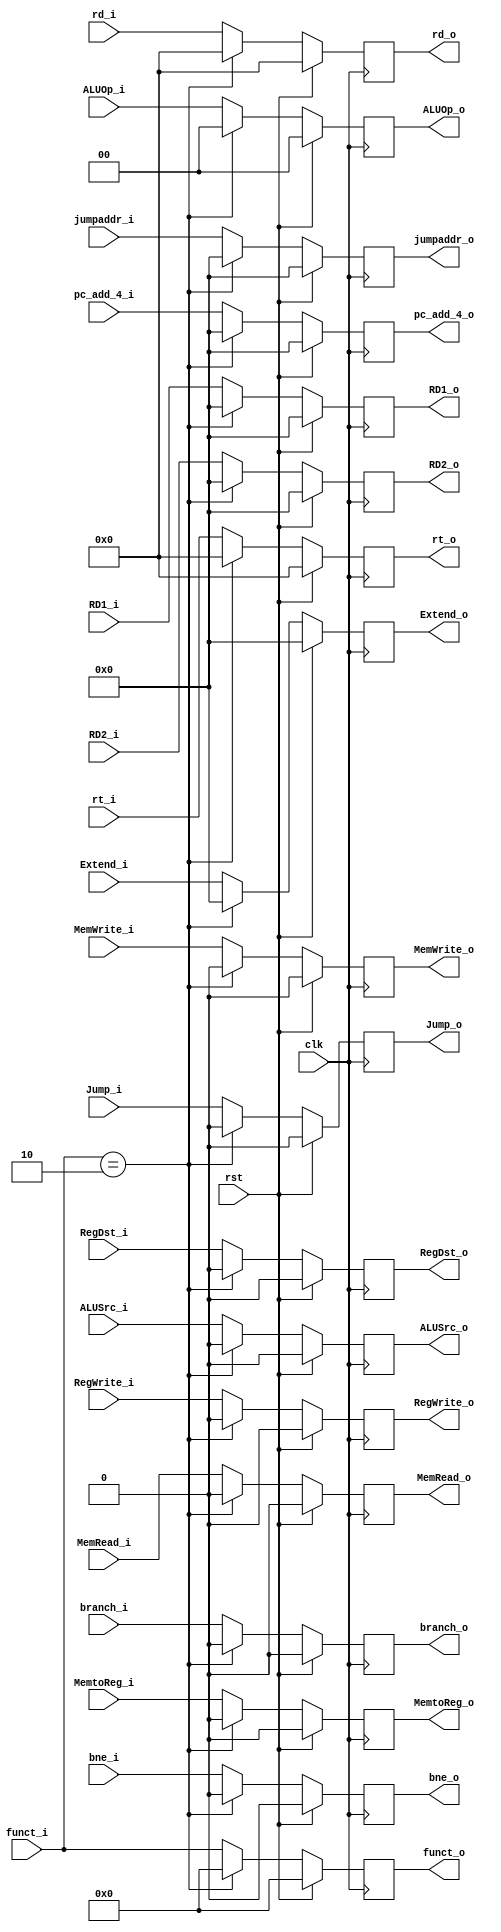
`timescale 1ns/1ns
module ID_EX( rst, clk, funct_i, RegDst_i, ALUSrc_i, MemtoReg_i, RegWrite_i, MemRead_i, MemWrite_i ,branch_i, bne_i, ALUOp_i, pc_add_4_i, RD1_i, RD2_i, Extend_i, rt_i, rd_i, Jump_i, jumpaddr_i,
			funct_o, RegDst_o, ALUSrc_o, MemtoReg_o, RegWrite_o, MemRead_o, MemWrite_o, bne_o, branch_o, ALUOp_o, pc_add_4_o, RD1_o, RD2_o, rt_o, rd_o, Extend_o, Jump_o, jumpaddr_o);

	input	rst, clk ;	

	input			RegDst_i, ALUSrc_i, MemtoReg_i, RegWrite_i, MemRead_i, MemWrite_i, branch_i, bne_i, Jump_i; // input 
	input	[1:0]	ALUOp_i ;	// input 
	input   [31:0]  RD1_i, RD2_i; 
	input   [4:0]   rt_i, rd_i;
	input   [5:0]	funct_i;		
	input   [31:0]  Extend_i, pc_add_4_i, jumpaddr_i;
	
	

	output			 RegDst_o, ALUSrc_o, MemtoReg_o, RegWrite_o, MemRead_o, MemWrite_o, branch_o, bne_o, Jump_o;	// output 
	output	 [1:0]	 ALUOp_o ;	// output 
	output   [31:0]  RD1_o, RD2_o;
	output   [4:0]   rt_o, rd_o;
	output   [5:0]	 funct_o;	
	output   [31:0]  Extend_o, pc_add_4_o, jumpaddr_o;
	


	reg				 RegDst_o, ALUSrc_o, MemtoReg_o, RegWrite_o, MemRead_o, MemWrite_o, branch_o, bne_o, Jump_o;	// output 
	reg		[1:0]	 ALUOp_o ;	// output 
	reg     [31:0]   RD1_o, RD2_o; 
	reg     [4:0]    rt_o, rd_o; 
	reg     [5:0]	 funct_o;
	reg		[31:0]   Extend_o,pc_add_4_o, jumpaddr_o;

	always @(posedge clk) begin
		if (rst) begin
			pc_add_4_o <= 32'd0	;
			RD1_o <= 32'd0 ;
			RD2_o <= 32'd0 ;
			rt_o <= 5'd0 ;
			rd_o <=	5'd0 ;
			funct_o <= 6'd0 ;
			Extend_o <= 32'd0 ;
			jumpaddr_o <= 32'd0 ;

			RegDst_o <= 1'd0 ;	
			ALUSrc_o <= 1'd0 ;		
			MemtoReg_o <= 1'd0 ;	
			RegWrite_o <= 1'd0 ;	
			MemRead_o <= 1'd0 ;		
			MemWrite_o <= 1'd0 ;	
			branch_o <= 1'd0 ;
			bne_o <= 1'b0 ; 
			ALUOp_o <= 2'd0 ;	
			Jump_o <= 1'd0 ;
				
		end
		
		else begin
		
			if ( funct_i == 6'd2 ) begin
			
				pc_add_4_o <= 32'd0	;
				RD1_o <= 32'd0 ;
				RD2_o <= 32'd0 ;
				rt_o <= 5'd0 ;
				rd_o <=	5'd0 ;
				funct_o <= 6'd0 ;
				Extend_o <= 32'd0 ;
				jumpaddr_o <= 32'd0 ;
			
				RegDst_o <= 1'd0 ;	
				ALUSrc_o <= 1'd0 ;		
				MemtoReg_o <= 1'd0 ;	
				RegWrite_o <= 1'd0 ;	
				MemRead_o <= 1'd0 ;		
				MemWrite_o <= 1'd0 ;	
				branch_o <= 1'd0 ;
				bne_o <= 1'b0 ; 
				ALUOp_o <= 2'd0 ;
				Jump_o <= 1'd0 ;
			end
			else begin
				pc_add_4_o <= pc_add_4_i ;
				RD1_o <= RD1_i ;
				RD2_o <= RD2_i ;
				rt_o <= rt_i ;
				rd_o <=	rd_i ;
				funct_o <= funct_i ;
				Extend_o <= Extend_i ;
				jumpaddr_o <= jumpaddr_i ;

				RegDst_o <= RegDst_i ;		
				ALUSrc_o <= ALUSrc_i ;		
				MemtoReg_o <= MemtoReg_i ;	
				RegWrite_o <= RegWrite_i ;	
				MemRead_o <= MemRead_i ;	
				MemWrite_o <= MemWrite_i ;	
				branch_o <= branch_i ;
				bne_o <= bne_i ; 
				ALUOp_o <= ALUOp_i ;
				Jump_o <= Jump_i ;
			end
		end
	end

endmodule